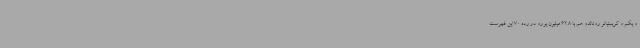
و یکم و کریستیانو رونالدو هم با 62.8 میلیون یورو در رده 70 این فهرست